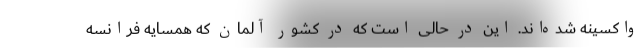
واکسینه شده‌اند. این در حالی است که در کشور آلمان که همسایه فرانسه